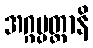
အဂ္ဂပ္ပတ္တာနိ